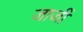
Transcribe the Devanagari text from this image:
जार्जी